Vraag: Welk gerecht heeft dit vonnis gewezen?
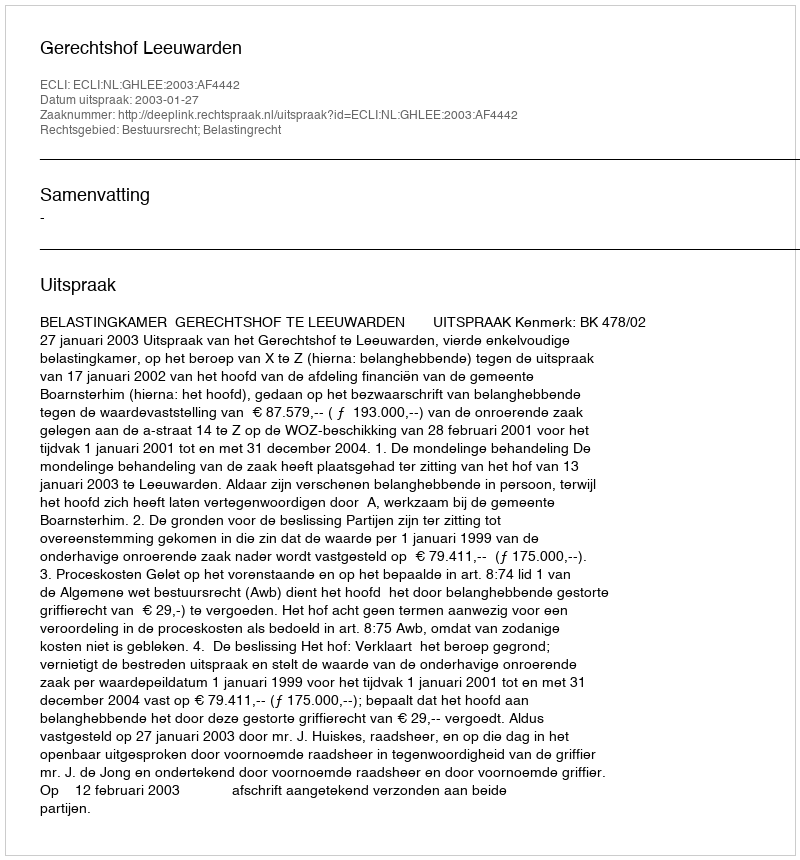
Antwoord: Gerechtshof Leeuwarden